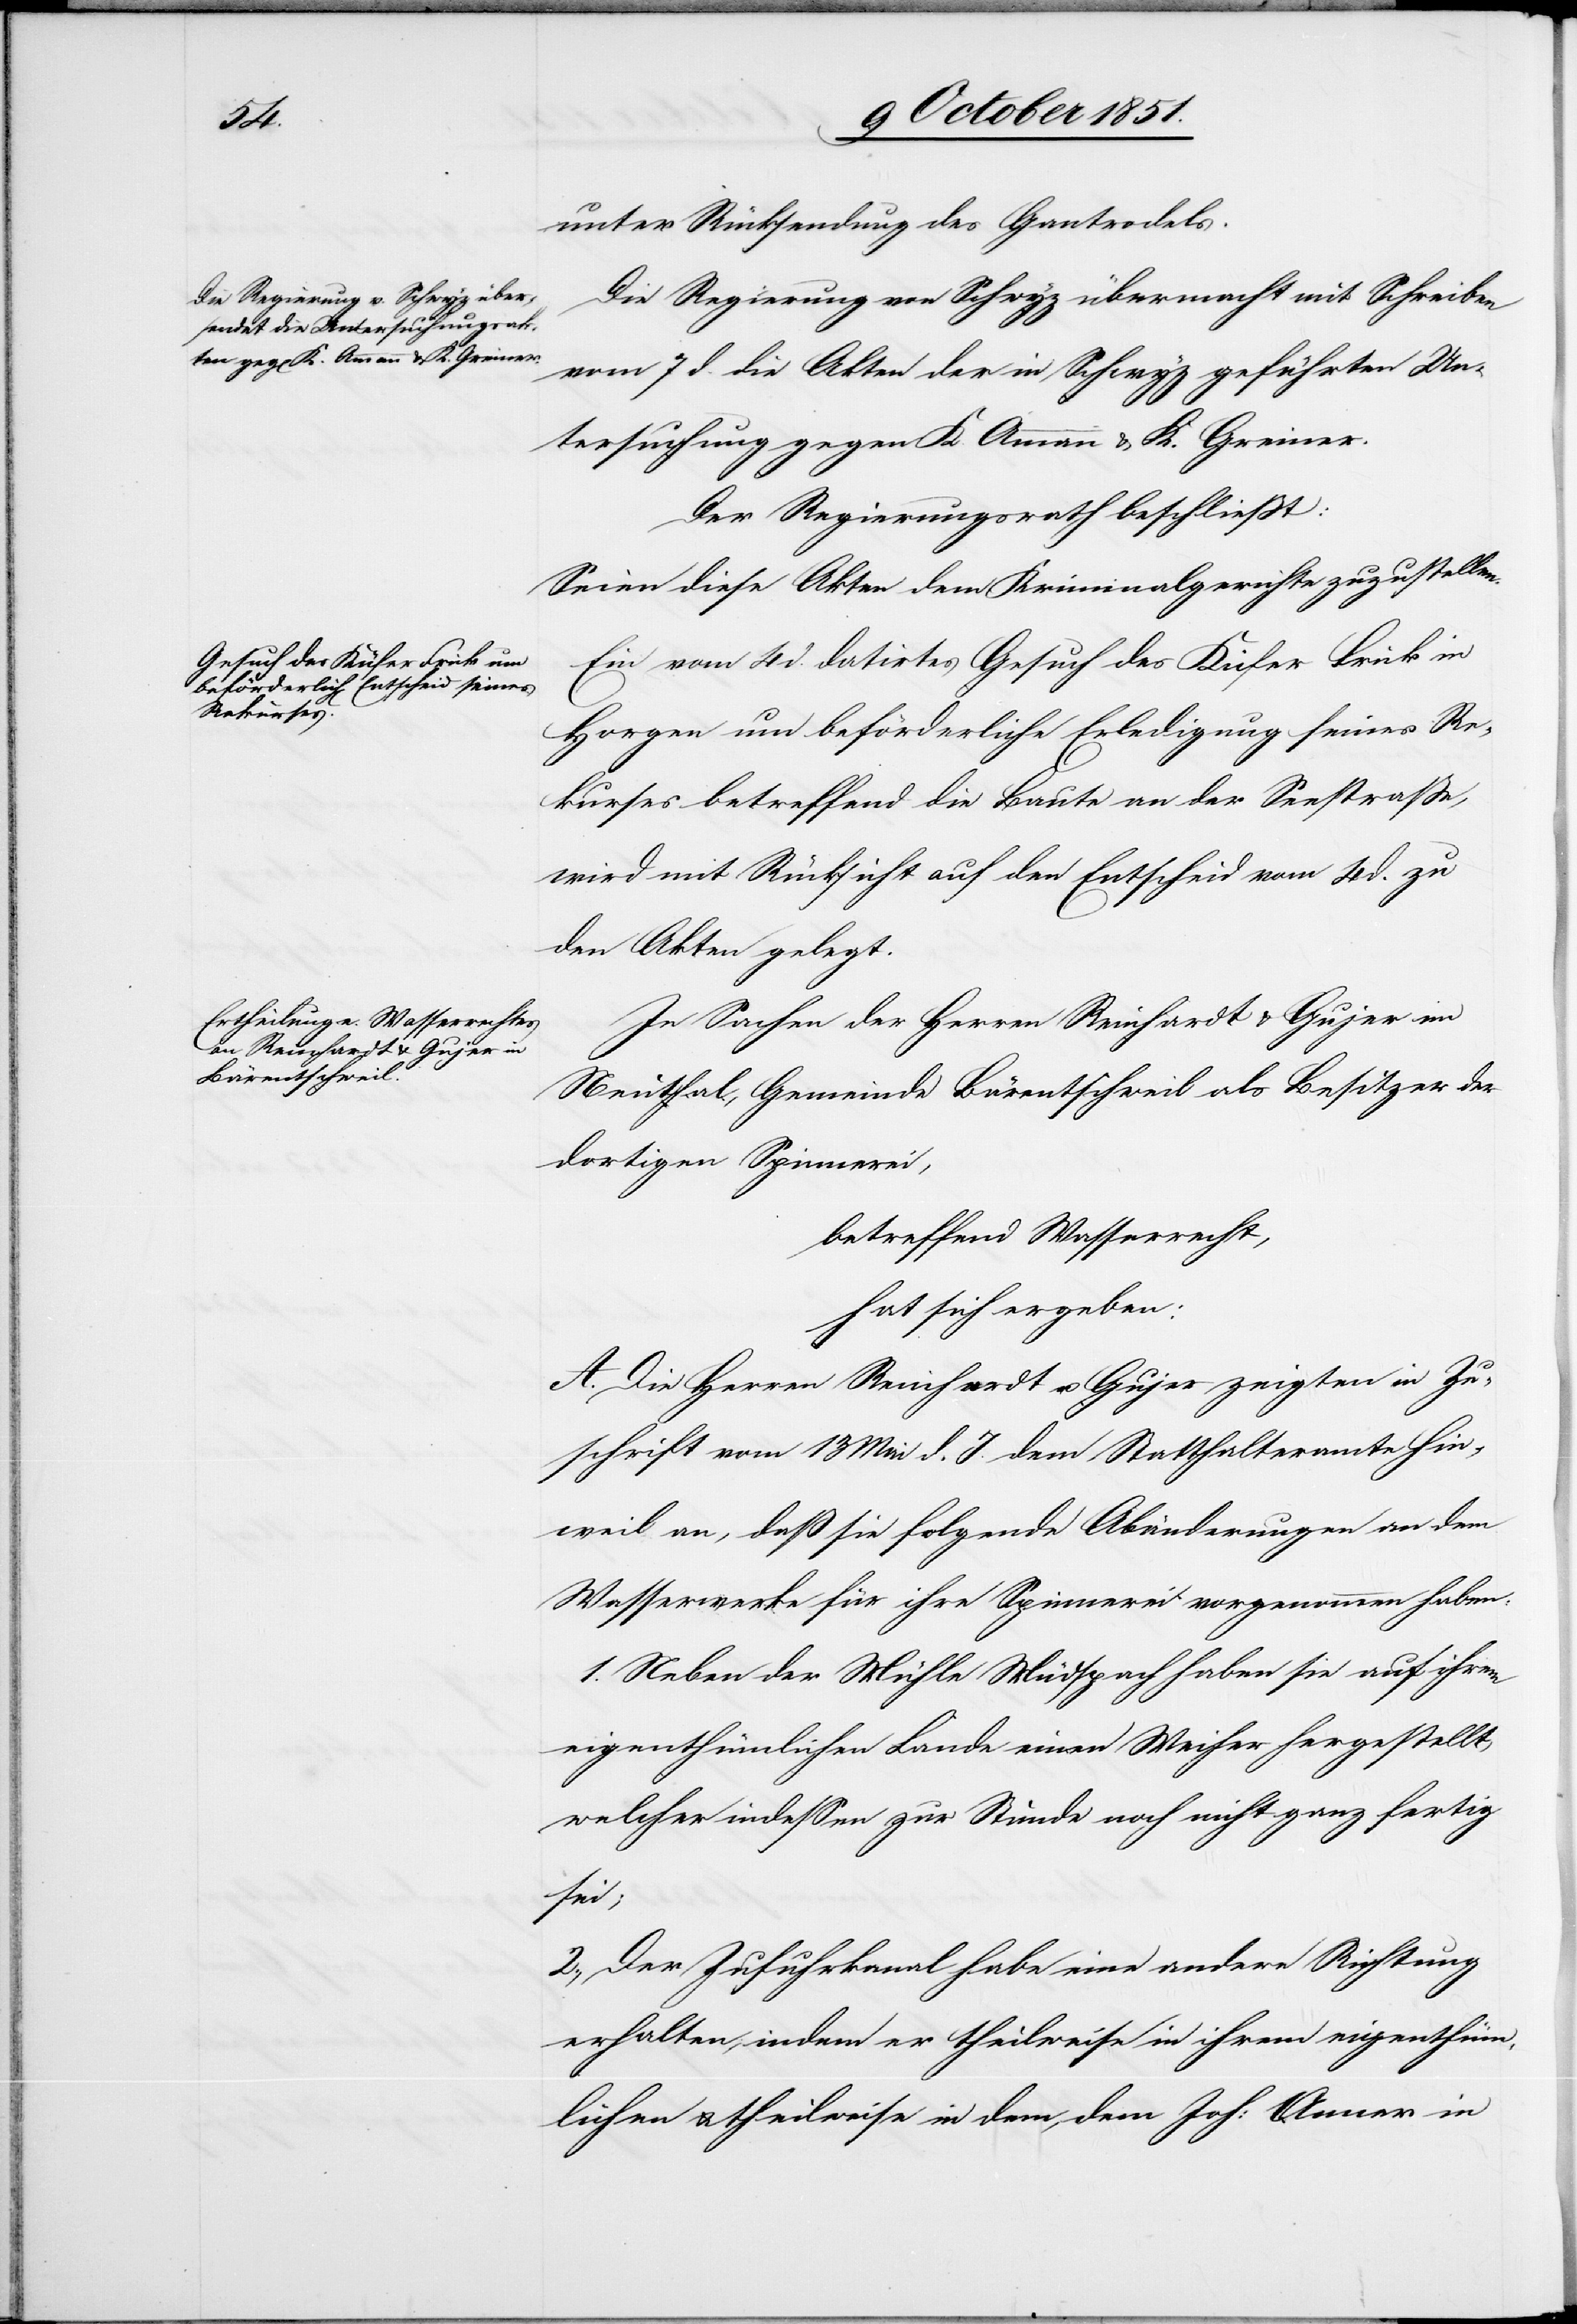
unter Rücksendung des Gantrodels.
Die Regierung von Schwyz übermacht mit Schreiben
vom 7 d. die Akten der in Schwyz geführten Un¬
tersuchung gegen K. Ammann & K. Greiner.
Der Regierungsrath beschließt:
Seien diese Akten dem Kriminalgerichte zuzustellen.
Ein vom 4 d. datirtes Gesuch des Küfer Frick in
Horgen um beförderliche Erledigung seines Re¬
kurses betreffend die Baute an der Seestraße,
wird mit Rücksicht auf den Entscheid vom 4 d. zu
den Akten gelegt.
In Sachen der Herren Reinhardt & Gujer im
Neuthal, Gemeinde Bärentschweil als Besitzer der
dortigen Spinnerei,
betreffend Wasserrecht,
hat sich ergeben:
A. Die Herren Reinhardt u. Gujer zeigten in Zu¬
schrift vom 13 Mai d. J. dem Statthalteramte Hin¬
weil an, daß sie folgende Abänderungen an dem
Wasserwerke für ihre Spinnerei vorgenommen haben:
1. Neben der Mühle Müdspach haben sie auf ihrem
eigenthümlichen Lande einen Weiher hergestellt,
welcher indessen zur Stunde noch nicht ganz fertig
sei;
2., Der Zufuhrkanal habe eine andere Richtung
erhalten, indem er theilweise in ihrem eigenthüm¬
lichen & theilweise in dem, dem Joh: Anner in